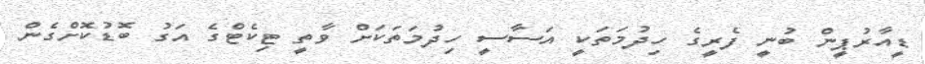
ޑީއާރުޕީން ބުނީ ފެރީގެ ހިދުމަތަކީ އަސާސީ ހިދުމަތަކަށް ވާތީ ޓިކެޓްގެ އަގު ބޮޑުކޮށްގެން